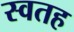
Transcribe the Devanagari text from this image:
स्वतह